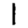
Digit: 1